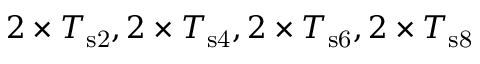
2 \times T _ { \mathrm { s 2 } } , 2 \times T _ { \mathrm { s 4 } } , 2 \times T _ { \mathrm { s 6 } } , 2 \times T _ { \mathrm { s 8 } }